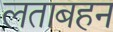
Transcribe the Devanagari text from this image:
लताबहन